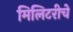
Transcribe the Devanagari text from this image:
मिलिटरीचे